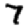
Digit: 7